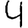
Digit: 4